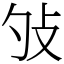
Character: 𢻭